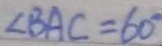
\angle B A C = 6 0 ^ { \circ }